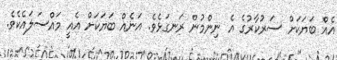
އެއް ބަޔަކަށް ސަރުކާރުގެ އެ ނިންމުން ރަނގަޅެވެ. އަނެއް ބަޔަކަށް އެއީ މައްސަލައެކެވެ.